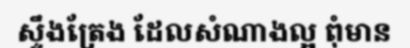
ស្ទឹងត្រែង ដែលសំណាងល្អ ពុំមាន